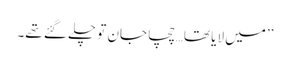
’’میں لایا تھا…چچا جان تو چلے گئے تھے۔